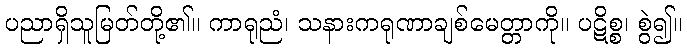
ပညာရှိသူမြတ်တို့၏။ ကာရုညံ၊ သနားကရုဏာချစ်မေတ္တာကို။ ပဋိစ္စ၊ စွဲ၍။